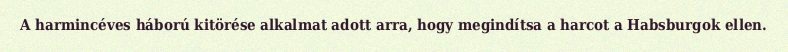
A harmincéves háború kitörése alkalmat adott arra, hogy megindítsa a harcot a Habsburgok ellen.